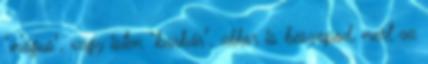
"mágus", vagy isten "barbár", akkor is beszopod, mert az